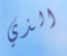
الذي